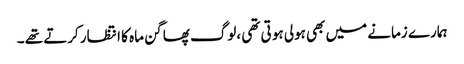
ہمارے زمانے میں بھی ہولی ہو تی تھی ،لوگ پھاگن ماہ کا انتظار کرتے تھے ۔